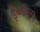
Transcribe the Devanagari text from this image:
ई०डब्ल्यू